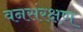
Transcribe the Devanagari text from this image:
वनसंरक्षण